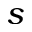
s